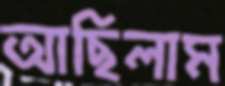
আছিলাম